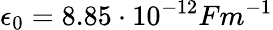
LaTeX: \epsilon_{0}=8.85\cdot 10^{-12}Fm^{-1}